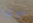
موتوا